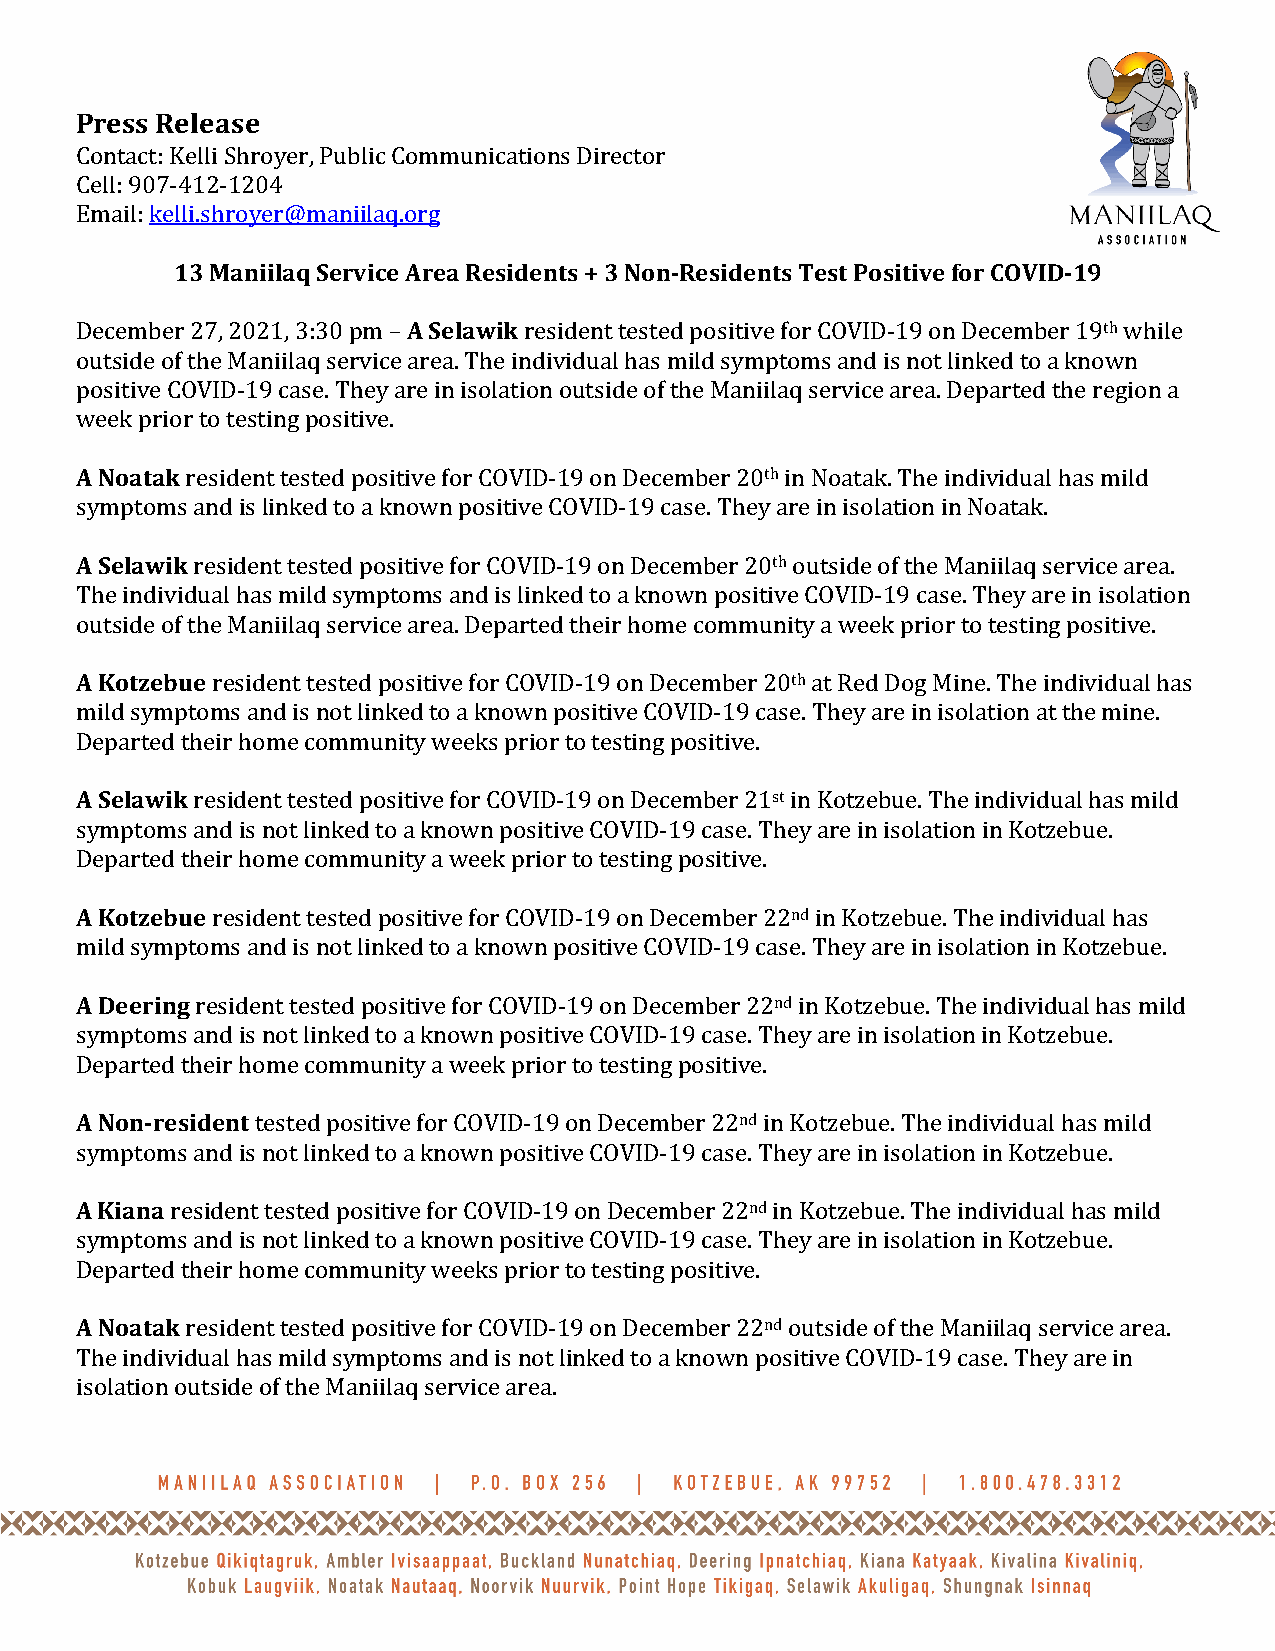
Press Release
 Contact: Kelli Shroyer, Public Communications Director
 Cell: 907-412-1204
 Email: kelli.shroyer@maniilaq.org
 13 Maniilaq Service Area Residents + 3 Non-Residents Test Positive for COVID-19
 December 27, 2021, 3:30 pm – A Selawik resident tested positive for COVID-19 on December 19th while
 outside of the Maniilaq service area. The individual has mild symptoms and is not linked to a known
 positive COVID-19 case. They are in isolation outside of the Maniilaq service area. Departed the region a
 week prior to testing positive.
 A Noatak resident tested positive for COVID-19 on December 20th in Noatak. The individual has mild
 symptoms and is linked to a known positive COVID-19 case. They are in isolation in Noatak.
 A Selawik resident tested positive for COVID-19 on December 20th outside of the Maniilaq service area.
 The individual has mild symptoms and is linked to a known positive COVID-19 case. They are in isolation
 outside of the Maniilaq service area. Departed their home community a week prior to testing positive.
 A Kotzebue resident tested positive for COVID-19 on December 20th at Red Dog Mine. The individual has
 mild symptoms and is not linked to a known positive COVID-19 case. They are in isolation at the mine.
 Departed their home community weeks prior to testing positive.
 A Selawik resident tested positive for COVID-19 on December 21st in Kotzebue. The individual has mild
 symptoms and is not linked to a known positive COVID-19 case. They are in isolation in Kotzebue.
 Departed their home community a week prior to testing positive.
 A Kotzebue resident tested positive for COVID-19 on December 22nd in Kotzebue. The individual has
 mild symptoms and is not linked to a known positive COVID-19 case. They are in isolation in Kotzebue.
 A Deering resident tested positive for COVID-19 on December 22nd in Kotzebue. The individual has mild
 symptoms and is not linked to a known positive COVID-19 case. They are in isolation in Kotzebue.
 Departed their home community a week prior to testing positive.
 A Non-resident tested positive for COVID-19 on December 22nd in Kotzebue. The individual has mild
 symptoms and is not linked to a known positive COVID-19 case. They are in isolation in Kotzebue.
 A Kiana resident tested positive for COVID-19 on December 22nd in Kotzebue. The individual has mild
 symptoms and is not linked to a known positive COVID-19 case. They are in isolation in Kotzebue.
 Departed their home community weeks prior to testing positive.
 A Noatak resident tested positive for COVID-19 on December 22nd outside of the Maniilaq service area.
 The individual has mild symptoms and is not linked to a known positive COVID-19 case. They are in
 isolation outside of the Maniilaq service area.